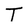
Character: T